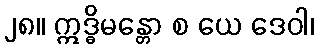
၂၈။ ဣဒ္ဓိမန္တော စ ယေ ဒေဝါ၊